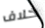
خلاف